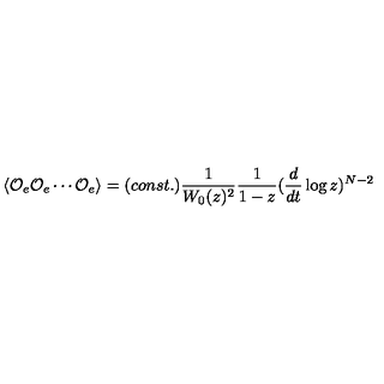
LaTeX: \langle { \cal O } _ { e } { \cal O } _ { e } \cdots { \cal O } _ { e } \rangle = ( c o n s t . ) \frac { 1 } { W _ { 0 } ( z ) ^ { 2 } } \frac { 1 } { 1 - z } ( \frac { d } { d t } \log z ) ^ { N - 2 }